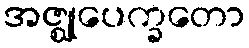
အဇ္ဈုပေက္ခတော